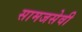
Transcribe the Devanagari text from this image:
सामजसेवी